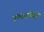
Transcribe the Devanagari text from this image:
एल्टरनैनो